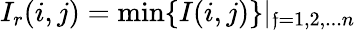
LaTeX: I_{r}(i,j)=\operatorname*{min}\{ I(i,j)\} |_{\mathfrak{f}=1,2,...n}